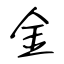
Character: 金